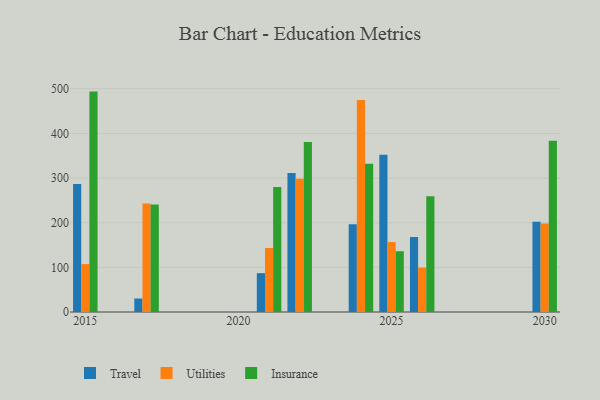
{"axis": {"x": "Year", "y": "Active Users"}, "legend": ["Insurance", "Travel", "Utilities"], "data": [{"x": "2024", "y": 196.8, "type": "Travel"}, {"x": "2024", "y": 474.8, "type": "Utilities"}, {"x": "2024", "y": 332.0, "type": "Insurance"}, {"x": "2025", "y": 352.2, "type": "Travel"}, {"x": "2025", "y": 156.6, "type": "Utilities"}, {"x": "2025", "y": 136.1, "type": "Insurance"}, {"x": "2017", "y": 30.2, "type": "Travel"}, {"x": "2017", "y": 243.0, "type": "Utilities"}, {"x": "2017", "y": 241.0, "type": "Insurance"}, {"x": "2026", "y": 167.9, "type": "Travel"}, {"x": "2026", "y": 99.3, "type": "Utilities"}, {"x": "2026", "y": 259.4, "type": "Insurance"}, {"x": "2021", "y": 87.0, "type": "Travel"}, {"x": "2021", "y": 143.4, "type": "Utilities"}, {"x": "2021", "y": 279.8, "type": "Insurance"}, {"x": "2030", "y": 202.0, "type": "Travel"}, {"x": "2030", "y": 198.0, "type": "Utilities"}, {"x": "2030", "y": 383.8, "type": "Insurance"}, {"x": "2015", "y": 286.9, "type": "Travel"}, {"x": "2015", "y": 107.2, "type": "Utilities"}, {"x": "2015", "y": 493.6, "type": "Insurance"}, {"x": "2022", "y": 311.4, "type": "Travel"}, {"x": "2022", "y": 298.4, "type": "Utilities"}, {"x": "2022", "y": 381.0, "type": "Insurance"}]}